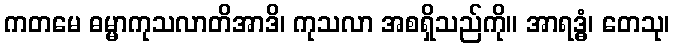
ကတမေ ဓမ္မာကုသလာတိအာဒိ၊ ကုသလာ အစရှိသည်ကို။ အာရဒ္ဓံ၊ တေသု၊